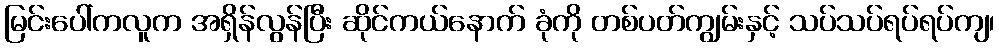
မြင်းပေါ်ကလူက အရှိန်လွန်ပြီး ဆိုင်ကယ်နောက် ခုံကို တစ်ပတ်ကျွမ်းနှင့် သပ်သပ်ရပ်ရပ်ကျ၊